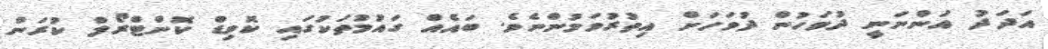
އަދަދު އަންނަނީ ދުވަހުން ދުވަހަށް އިތުރުވަމުންނެވެ. ބައެއް ގައުމުތަކުގައި ކޮވިޑް ކޮންޓްރޯލް ކުރަން